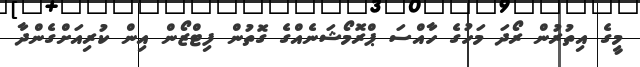
މީގެ އިތުރުން ރޯދަ މަހުގެ ހާއްސަ ޕްރޮމޯޝަނެއްގެ ގޮތުން ފިޓްޒޯން އިން ކުރިއަށްގެންދާ